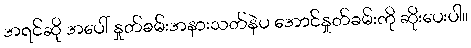
အရင်ဆို အပေါ် နှုတ်ခမ်းအနားသတ်နဲပ အောင်နှုတ်ခမ်းကို ဆိုးပေးပါ။